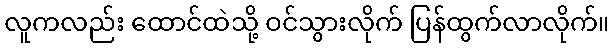
လူကလည်း ထောင်ထဲသို့ ဝင်သွားလိုက် ပြန်ထွက်လာလိုက်။